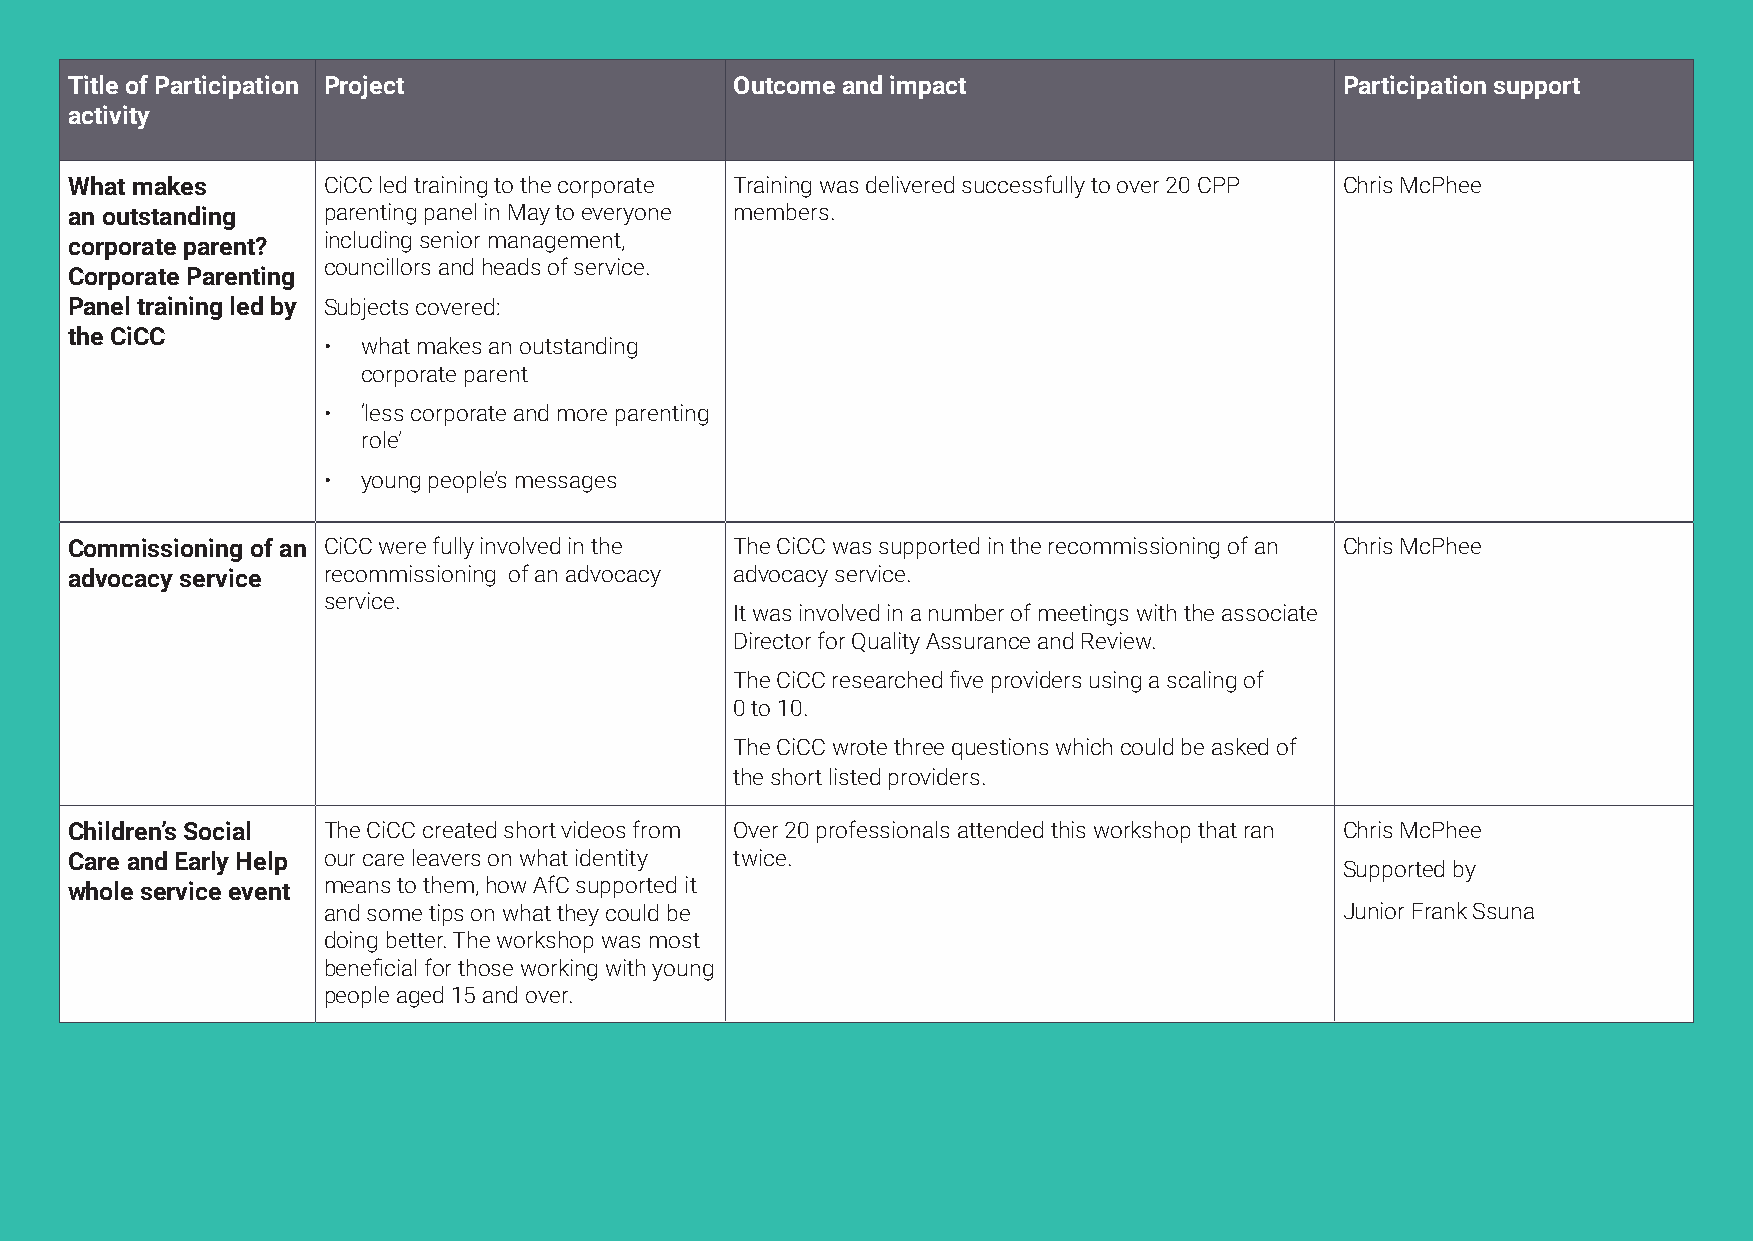
Title of Participation Project               Outcome and impact                      Participation support
 activity
 What makes       CiCC led training to the corporate Training was delivered successfully to over 20 CPP Chris McPhee
 an outstanding   parenting panel in May to everyone members.
 corporate parent? including senior management,
 councillors and heads of service.
 Corporate Parenting
 Panel training led by Subjects covered:
 the CiCC
 •  what makes an outstanding
 corporate parent
 •  ‘less corporate and more parenting
 role’
 •  young people’s messages
 Commissioning of an CiCC were fully involved in the The CiCC was supported in the recommissioning of an Chris McPhee
 advocacy service recommissioning of an advocacy advocacy service.
 service.
 It was involved in a number of meetings with the associate
 Director for Quality Assurance and Review.
 The CiCC researched five providers using a scaling of
 0 to 10.
 The CiCC wrote three questions which could be asked of
 the short listed providers.
 Children’s Social The CiCC created short videos from Over 20 professionals attended this workshop that ran Chris McPhee
 Care and Early Help our care leavers on what identity twice.
 Supported by
 whole service event means to them, how AfC supported it
 and some tips on what they could be                                 Junior Frank Ssuna
 doing better. The workshop was most
 beneficial for those working with young
 people aged 15 and over.